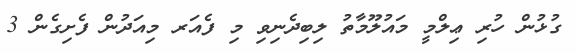
ގުޅުން ހުރި ޢިލްމީ މައުލޫމާތު ލިބިދެނިވި މި ފެއަރ މިއަދުން ފެށިގެން 3